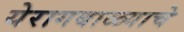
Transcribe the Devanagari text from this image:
येरागबाळ्याचे